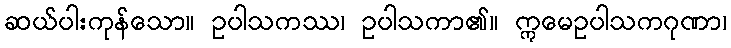
ဆယ်ပါးကုန်သော။ ဥပါသကဿ၊ ဥပါသကာ၏။ ဣမေဥပါသကဂုဏာ၊